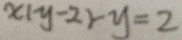
x ( y - 2 ) - y = 2